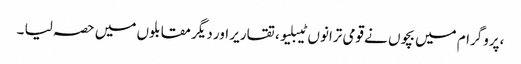
،پروگرام میں بچوں نے قومی ترانوں ٹیبلیو ، تقاریر اور دیگر مقابلوں میں حصہ لیا ۔